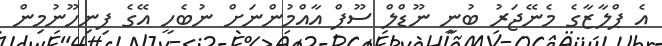
އެ ޕްލާޒާގެ މެނޭޖަރު ބުނީ ނޫޑްލް ސޫޕް އާއްމުންނަށް ނުބެހީ އޭގެ ފިނިހޫނުމިން